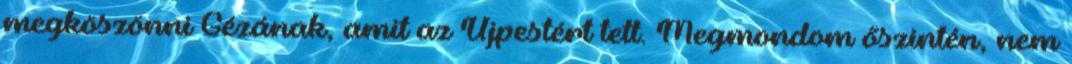
megköszönni Gézának, amit az Újpestért tett. Megmondom őszintén, nem